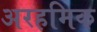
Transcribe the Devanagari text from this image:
अरहमिक